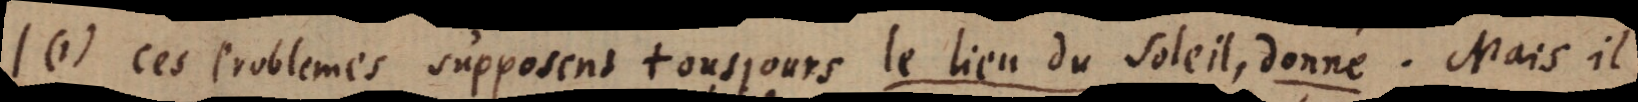
(I) Ces problemes supposent tousjours le lieu du soleil, donné. Mais il